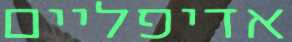
אדיפליים